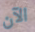
الآن